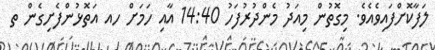
ލަފާކޮށްފައިވެއެވެ. މިގޮތުން މިއަދު މެންދުރުފަހު 14:40 އާއި ހަމަށް ހއ އަތޮޅުންފެށިގެން ތ